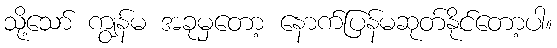
သို့သော် ကျွန်မ အခုမှတော့ နောက်ပြန်မဆုတ်နိုင်တော့ပါ။